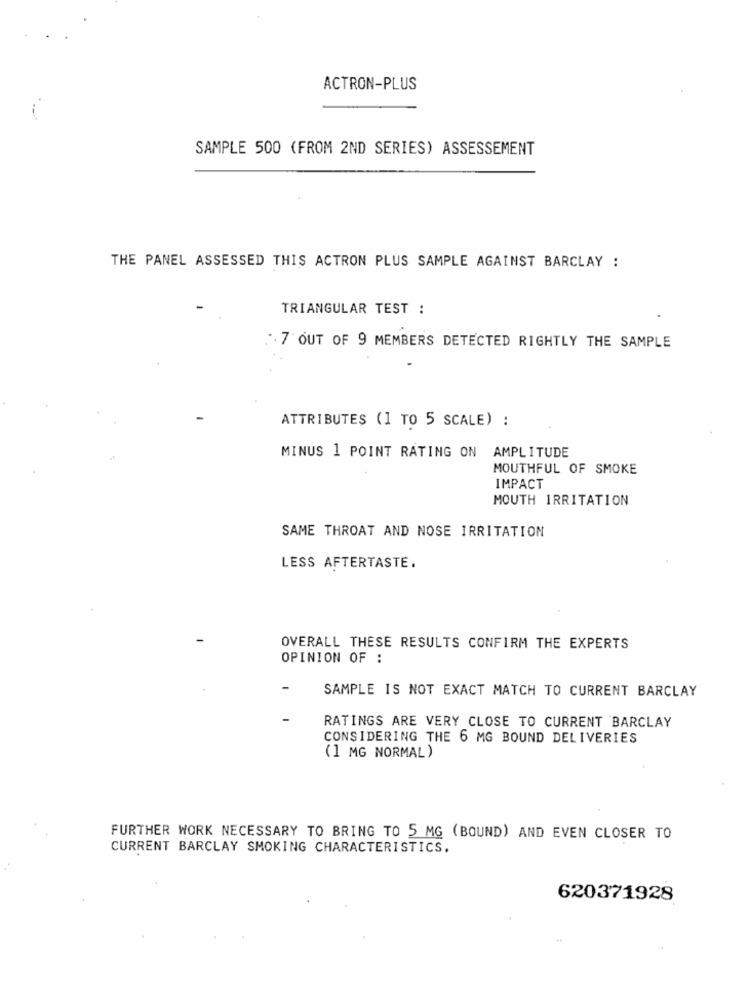
ACTRON-PLUS
SAMPLE 500 (FROM 2ND SERIES) ASSESSEMENT
THE PANEL ASSESSED THIS ACTRON PLUS SAMPLE AGAINST BARCLAY :
TRIANGULAR TEST :
.. 7 OUT OF 9 MEMBERS DETECTED RIGHTLY THE SAMPLE
ATTRIBUTES (1 TO 5 SCALE) :
MINUS 1 POINT RATING ON AMPLITUDE
MOUTHFUL OF SMOKE
IMPACT
MOUTH IRRITATION
SAME THROAT AND NOSE IRRITATION
LESS AFTERTASTE.
OVERALL THESE RESULTS CONFIRM THE EXPERTS
OPINION OF :
SAMPLE IS NOT EXACT MATCH TO CURRENT BARCLAY
RATINGS ARE VERY CLOSE TO CURRENT BARCLAY
CONSIDERING THE 6 MG BOUND DELIVERIES
(1 MG NORMAL)
FURTHER WORK NECESSARY TO BRING TO 5 MG (BOUND) AND EVEN CLOSER TO
CURRENT BARCLAY SMOKING CHARACTERISTICS.
620371928